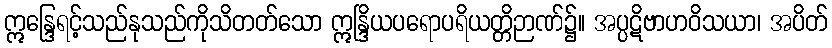
ဣန္ဒြေရင့်သည်နုသည်ကိုသိတတ်သော ဣန္ဒြိယပရောပရိယတ္တိဉာဏ်၌။ အပ္ပဋိဗာဟဝိသယာ၊ အပိတ်